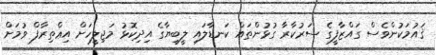
ޤައުމަކުންވެސް ގައްޒާފީގެ ސަރުކާރާ ގުޅުންތައް ކަނޑާލައި ލީބިޔާގެ އިދިކޮޅު މަޖިލީހަށް އިޢްތިރާފް ވުމަށް